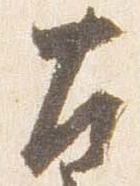
左